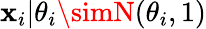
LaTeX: \mathbf{x}_{i}|\theta_{i}\simN(\theta_{i},1)